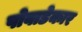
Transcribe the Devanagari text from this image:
पोवाडेकार